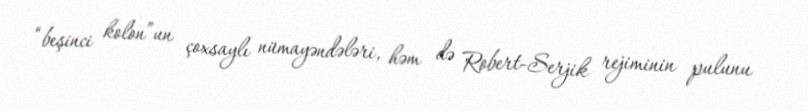
“beşinci kolon”un çoxsaylı nümayəndələri, həm də Robert-Serjik rejiminin pulunu